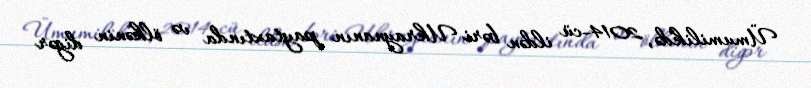
Ümumilikdə, 2014-cü ildən bəri Ukraynanın paytaxtında və ölkənin digər